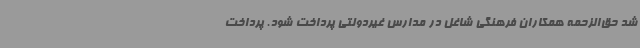
شد حق‌الزحمه همکاران فرهنگی شاغل در مدارس غیردولتی پرداخت شود. پرداخت